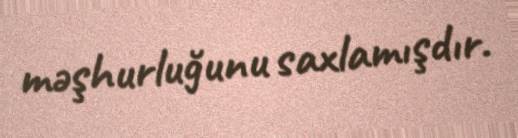
məşhurluğunu saxlamışdır.